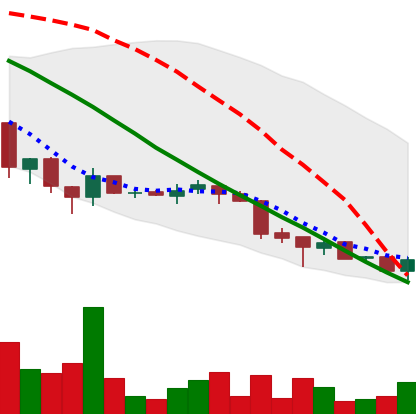
Ticker: ADA-USD
Chart end date: 2018-06-29
Forward return: 20.076%
Label: up_7plus